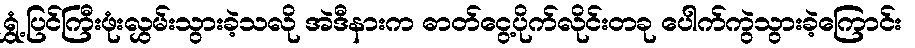
ရွှံ့ပြင်ကြီးဖုံးလွှမ်းသွားခဲ့သလို အဲဒီနားက ဓာတ်ငွေ့ပိုက်လိုင်းတခု ပေါက်ကွဲသွားခဲ့ကြောင်း